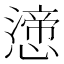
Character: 𭞸